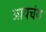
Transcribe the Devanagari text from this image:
जायचंय